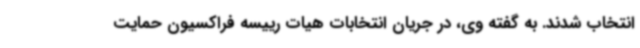
انتخاب شدند. به گفته وی، در جریان انتخابات هیات رییسه فراکسیون حمایت